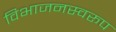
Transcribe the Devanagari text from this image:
विभाजनस्वरूप